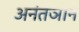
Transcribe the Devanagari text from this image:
अनंतञान